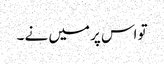
تو اس پر میں نے ۔